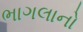
ભાગલાનો